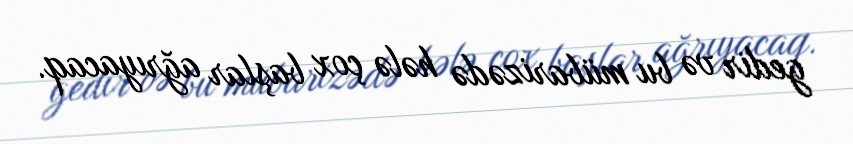
gedir və bu mübarizədə hələ çox başlar ağrıyacaq.